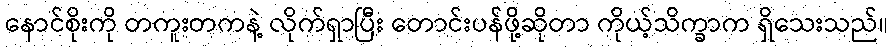
နောင်စိုးကို တကူးတကနဲ့ လိုက်ရှာပြီး တောင်းပန်ဖို့ဆိုတာ ကိုယ့်သိက္ခာက ရှိသေးသည်။